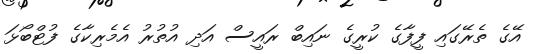
އޭގެ ތެރޭގައި ފީފާގެ ކުރީގެ ނައިބް ރައީސް އަދި އުތުރު އެމެރިކާގެ ފުޓްބޯޅަ